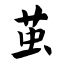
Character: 茧